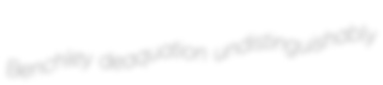
Benchley deaquation undistinguishably